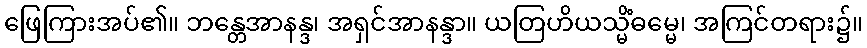
ဖြေကြားအပ်၏။ ဘန္တေအာနန္ဒ၊ အရှင်အာနန္ဒာ။ ယတြဟိယသ္မိံဓမ္မေ၊ အကြင်တရား၌။